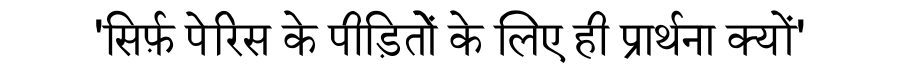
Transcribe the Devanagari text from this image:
'सिर्फ़ पेरिस के पीड़ितोें के लिए ही प्रार्थना क्यों'